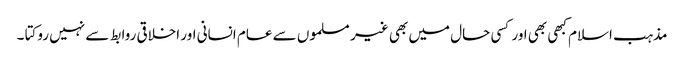
مذہب اسلام کبھی بھی اور کسی حال میں بھی غیر مسلموں سے عام انسانی اور اخلاقی روابط سے نہیں روکتا ۔